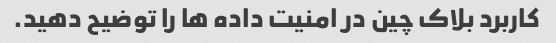
کاربرد بلاک چین در امنیت داده ها را توضیح دهید.